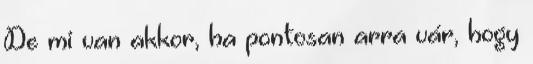
De mi van akkor, ha pontosan arra vár, hogy